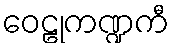
ဝေဠုကဏ္ဍကီ